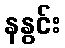
နနွင်း